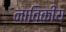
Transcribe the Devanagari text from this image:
नाविकीय